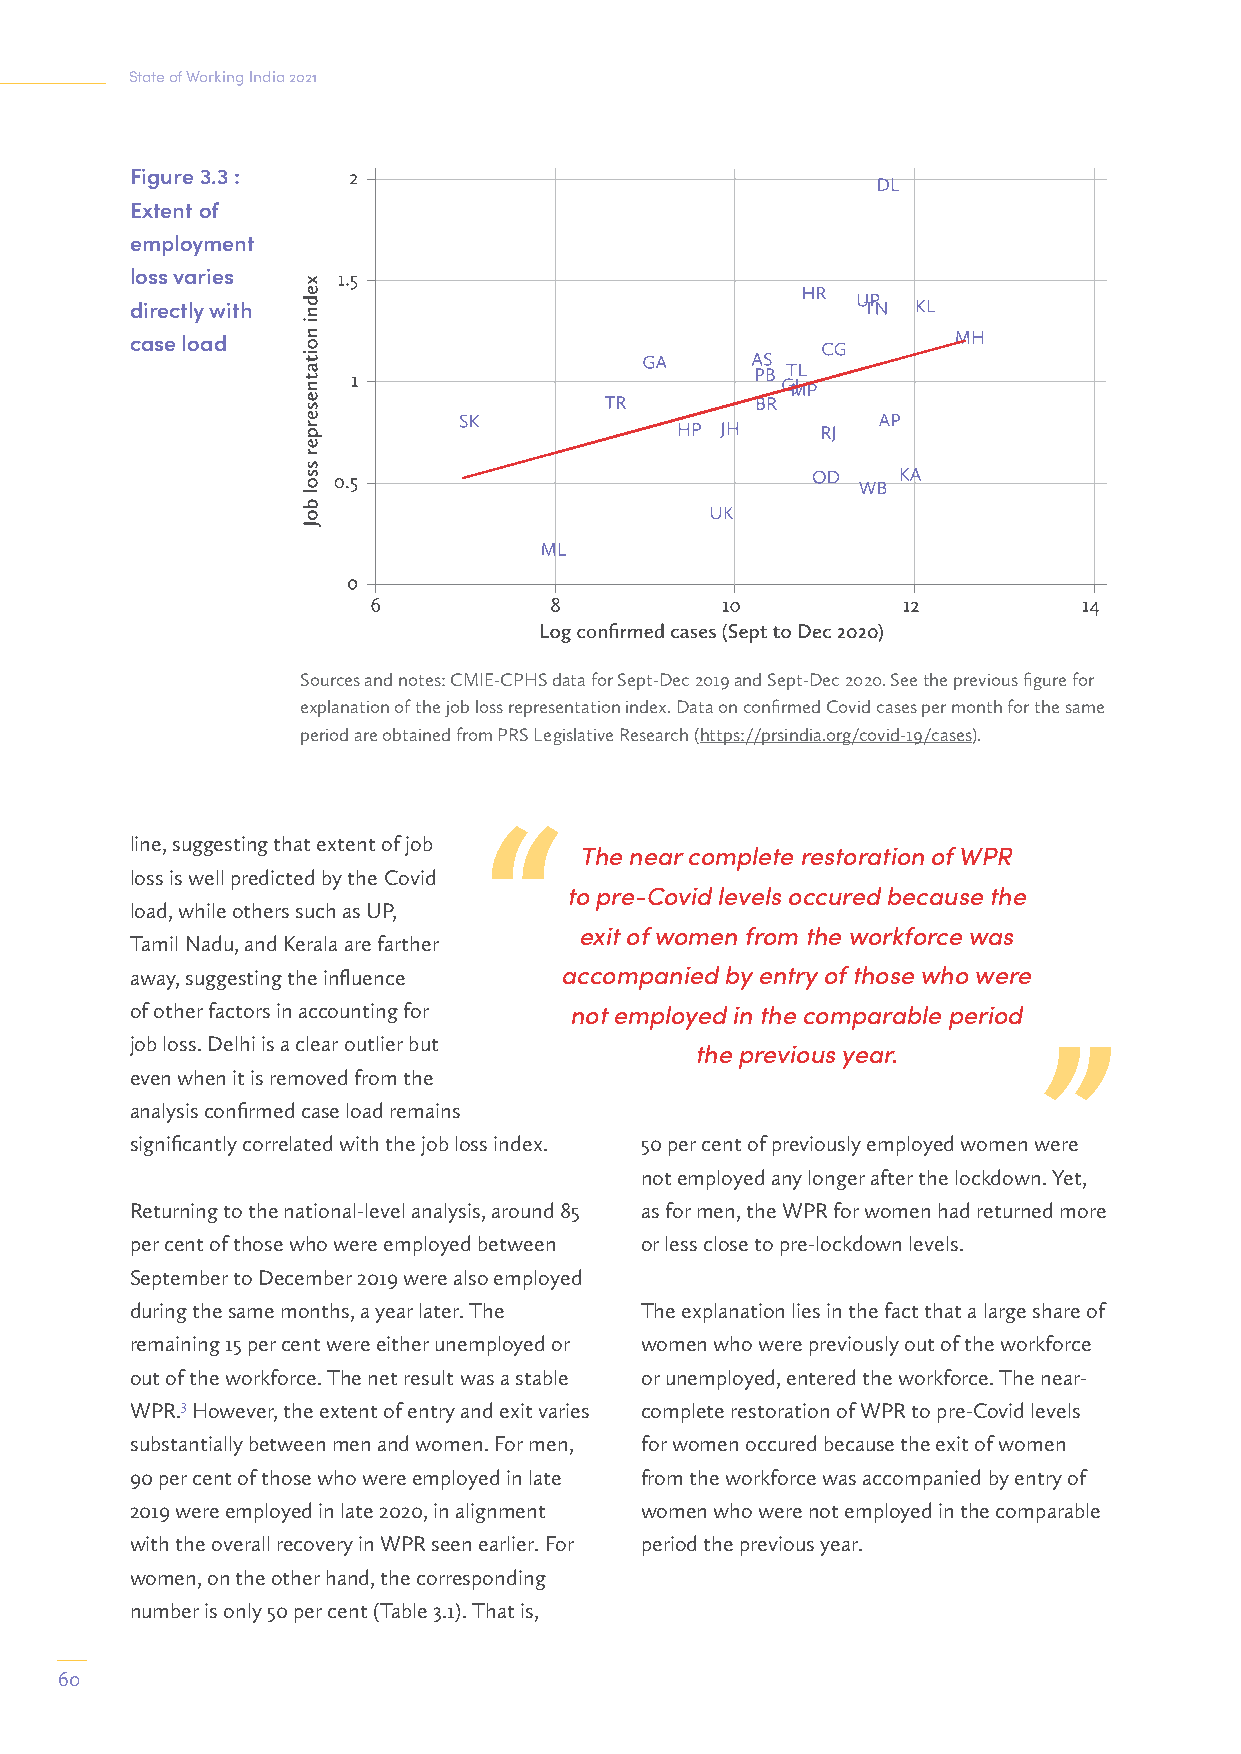
State of Working India 2021
 Figure 3.3 :
 Extent of
 employment
 loss varies
 directly with
 case load
 Sources and notes: CMIE-CPHS data for Sept-Dec 2019 and Sept-Dec 2020. See the previous figure for
 explanation of the job loss representation index. Data on confirmed Covid cases per month for the same
 period are obtained from PRS Legislative Research (https://prsindia.org/covid-19/cases).
 line, suggesting that extent of job
 The near complete restoration of WPR
 loss is well predicted by the Covid
 to pre-Covid levels occured because the
 load, while others such as UP,
 exit of women from the workforce was
 Tamil Nadu, and Kerala are farther
 away, suggesting the influence accompanied by entry of those who were
 of other factors in accounting for not employed in the comparable period
 job loss. Delhi is a clear outlier but
 the previous year.
 even when it is removed from the
 analysis confirmed case load remains
 significantly correlated with the job loss index. 50 per cent of previously employed women were
 not employed any longer after the lockdown. Yet,
 Returning to the national-level analysis, around 85 as for men, the WPR for women had returned more
 per cent of those who were employed between or less close to pre-lockdown levels.
 September to December 2019 were also employed
 during the same months, a year later. The The explanation lies in the fact that a large share of
 remaining 15 per cent were either unemployed or women who were previously out of the workforce
 out of the workforce. The net result was a stable or unemployed, entered the workforce. The near-
 WPR.3 However, the extent of entry and exit varies complete restoration of WPR to pre-Covid levels
 substantially between men and women. For men, for women occured because the exit of women
 90 per cent of those who were employed in late from the workforce was accompanied by entry of
 2019 were employed in late 2020, in alignment women who were not employed in the comparable
 with the overall recovery in WPR seen earlier. For period the previous year.
 women, on the other hand, the corresponding
 number is only 50 per cent (Table 3.1). That is,
 60